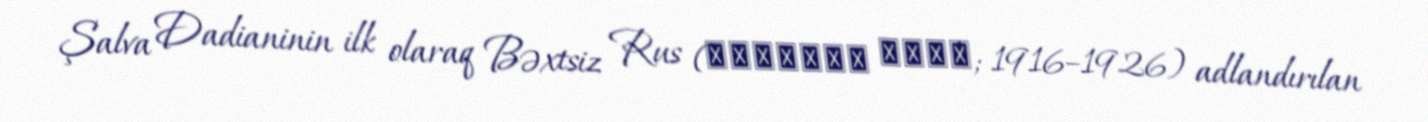
Şalva Dadianinin ilk olaraq Bəxtsiz Rus (უბედური რუსი; 1916–1926) adlandırılan